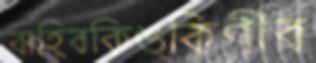
বাহিবকিঙ্কিণীব